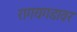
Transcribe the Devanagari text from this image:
रागयगडावर